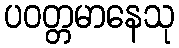
ပဝတ္တမာနေသု